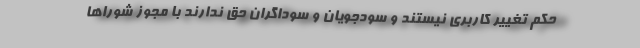
حکم تغییر کاربری نیستند و سودجویان و سوداگران حق ندارند با مجوز شوراها